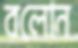
বলোন